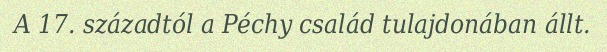
A 17. századtól a Péchy család tulajdonában állt.